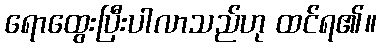
ရောထွေးပြီးပါလာသည်ဟု ထင်ရ၏။